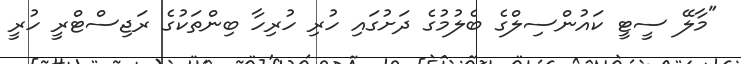
"މާލޭ ސީޓީ ކައުންސިލްގެ ބެލުމުގެ ދަށުގައި ހުރި ހުރިހާ ބިންތަކުގެ ރަޖިސްޓްރީ ހުރީ